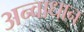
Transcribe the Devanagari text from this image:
अन्वाधान